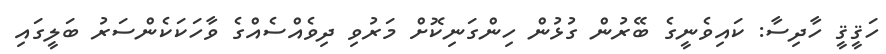
ހަޤީޤީ ހާދިސާ: ކައިވެނީގެ ބޭރުން ގުޅުން ހިންގަނިކޮށް މަރުވި ދިވެއްސެއްގެ ވާހަކަކެންސަރު ބަލީގައި